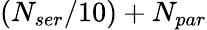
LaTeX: (N_{ser}/10)+N_{par}